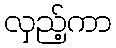
လှည့်ကာ